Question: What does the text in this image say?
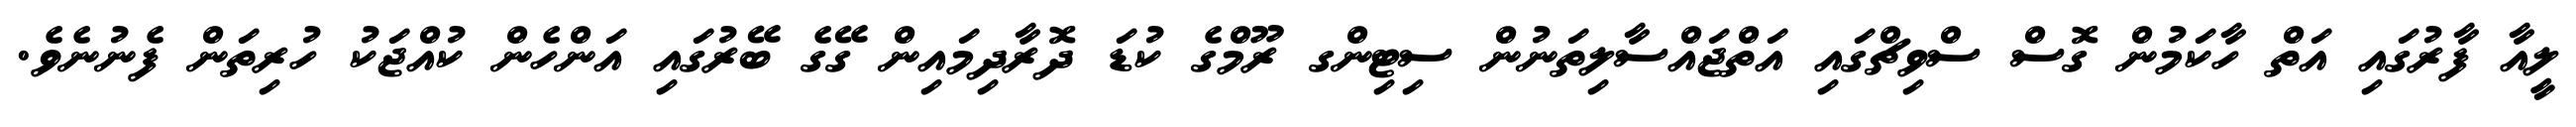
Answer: ލީއާ ފާރުގައި އަތް ހާކަމުން ގޮސް ސްވިޗްގައި އަތްޖައްސާލިތަނުން ސިޓިންގ ރޫމްގެ ކުޑަ ދޮރާދިމައިން ގޭގެ ބޭރުގައި އަންހެން ކުއްޖަކު ހުރިތަން ފެނުނެވެ.